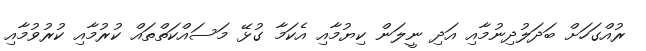
ރުއްގަހަށް ބަދަލުދިނުމާއި އަދި ނީލަން ކިޔުމާއި އެކަމާ ގުޅޭ މަސައްކަތްތައް ކުރުމާއި ކުރުވުމާއި